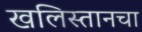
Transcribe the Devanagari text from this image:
खलिस्तानचा